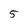
Character: 5